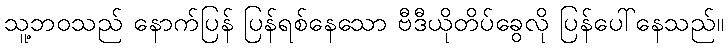
သူ့ဘဝသည် နောက်ပြန် ပြန်ရစ်နေသော ဗီဒီယိုတိပ်ခွေလို ပြန်ပေါ်နေသည်။